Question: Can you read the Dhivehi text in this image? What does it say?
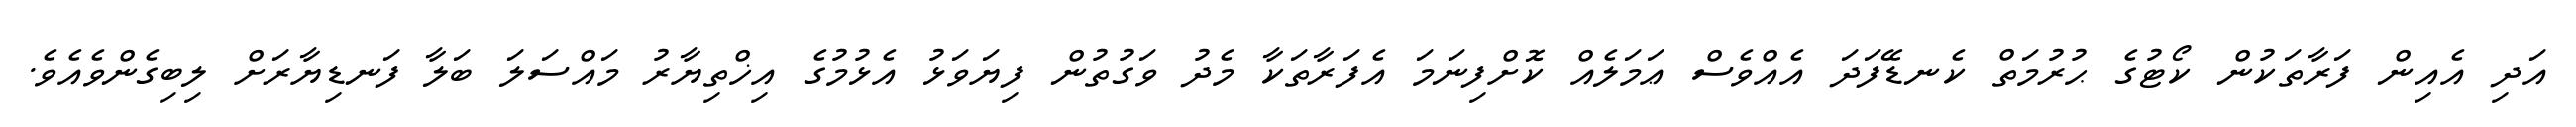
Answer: އަދި އެއިން ފަރާތަކުން ކޯޓުގެ ޙުރުމަތް ކެނޑޭފަދަ އެއްވެސް ޢަމަލެއް ކޮށްފިނަމަ އެފަރާތަކާ މެދު ވަގުތުން ފިޔަވަޅު އެޅުމުގެ އިޚްތިޔާރު މައްސަލަ ބަލާ ފަނޑިޔާރަށް ލިބިގެންވެއެވެ.